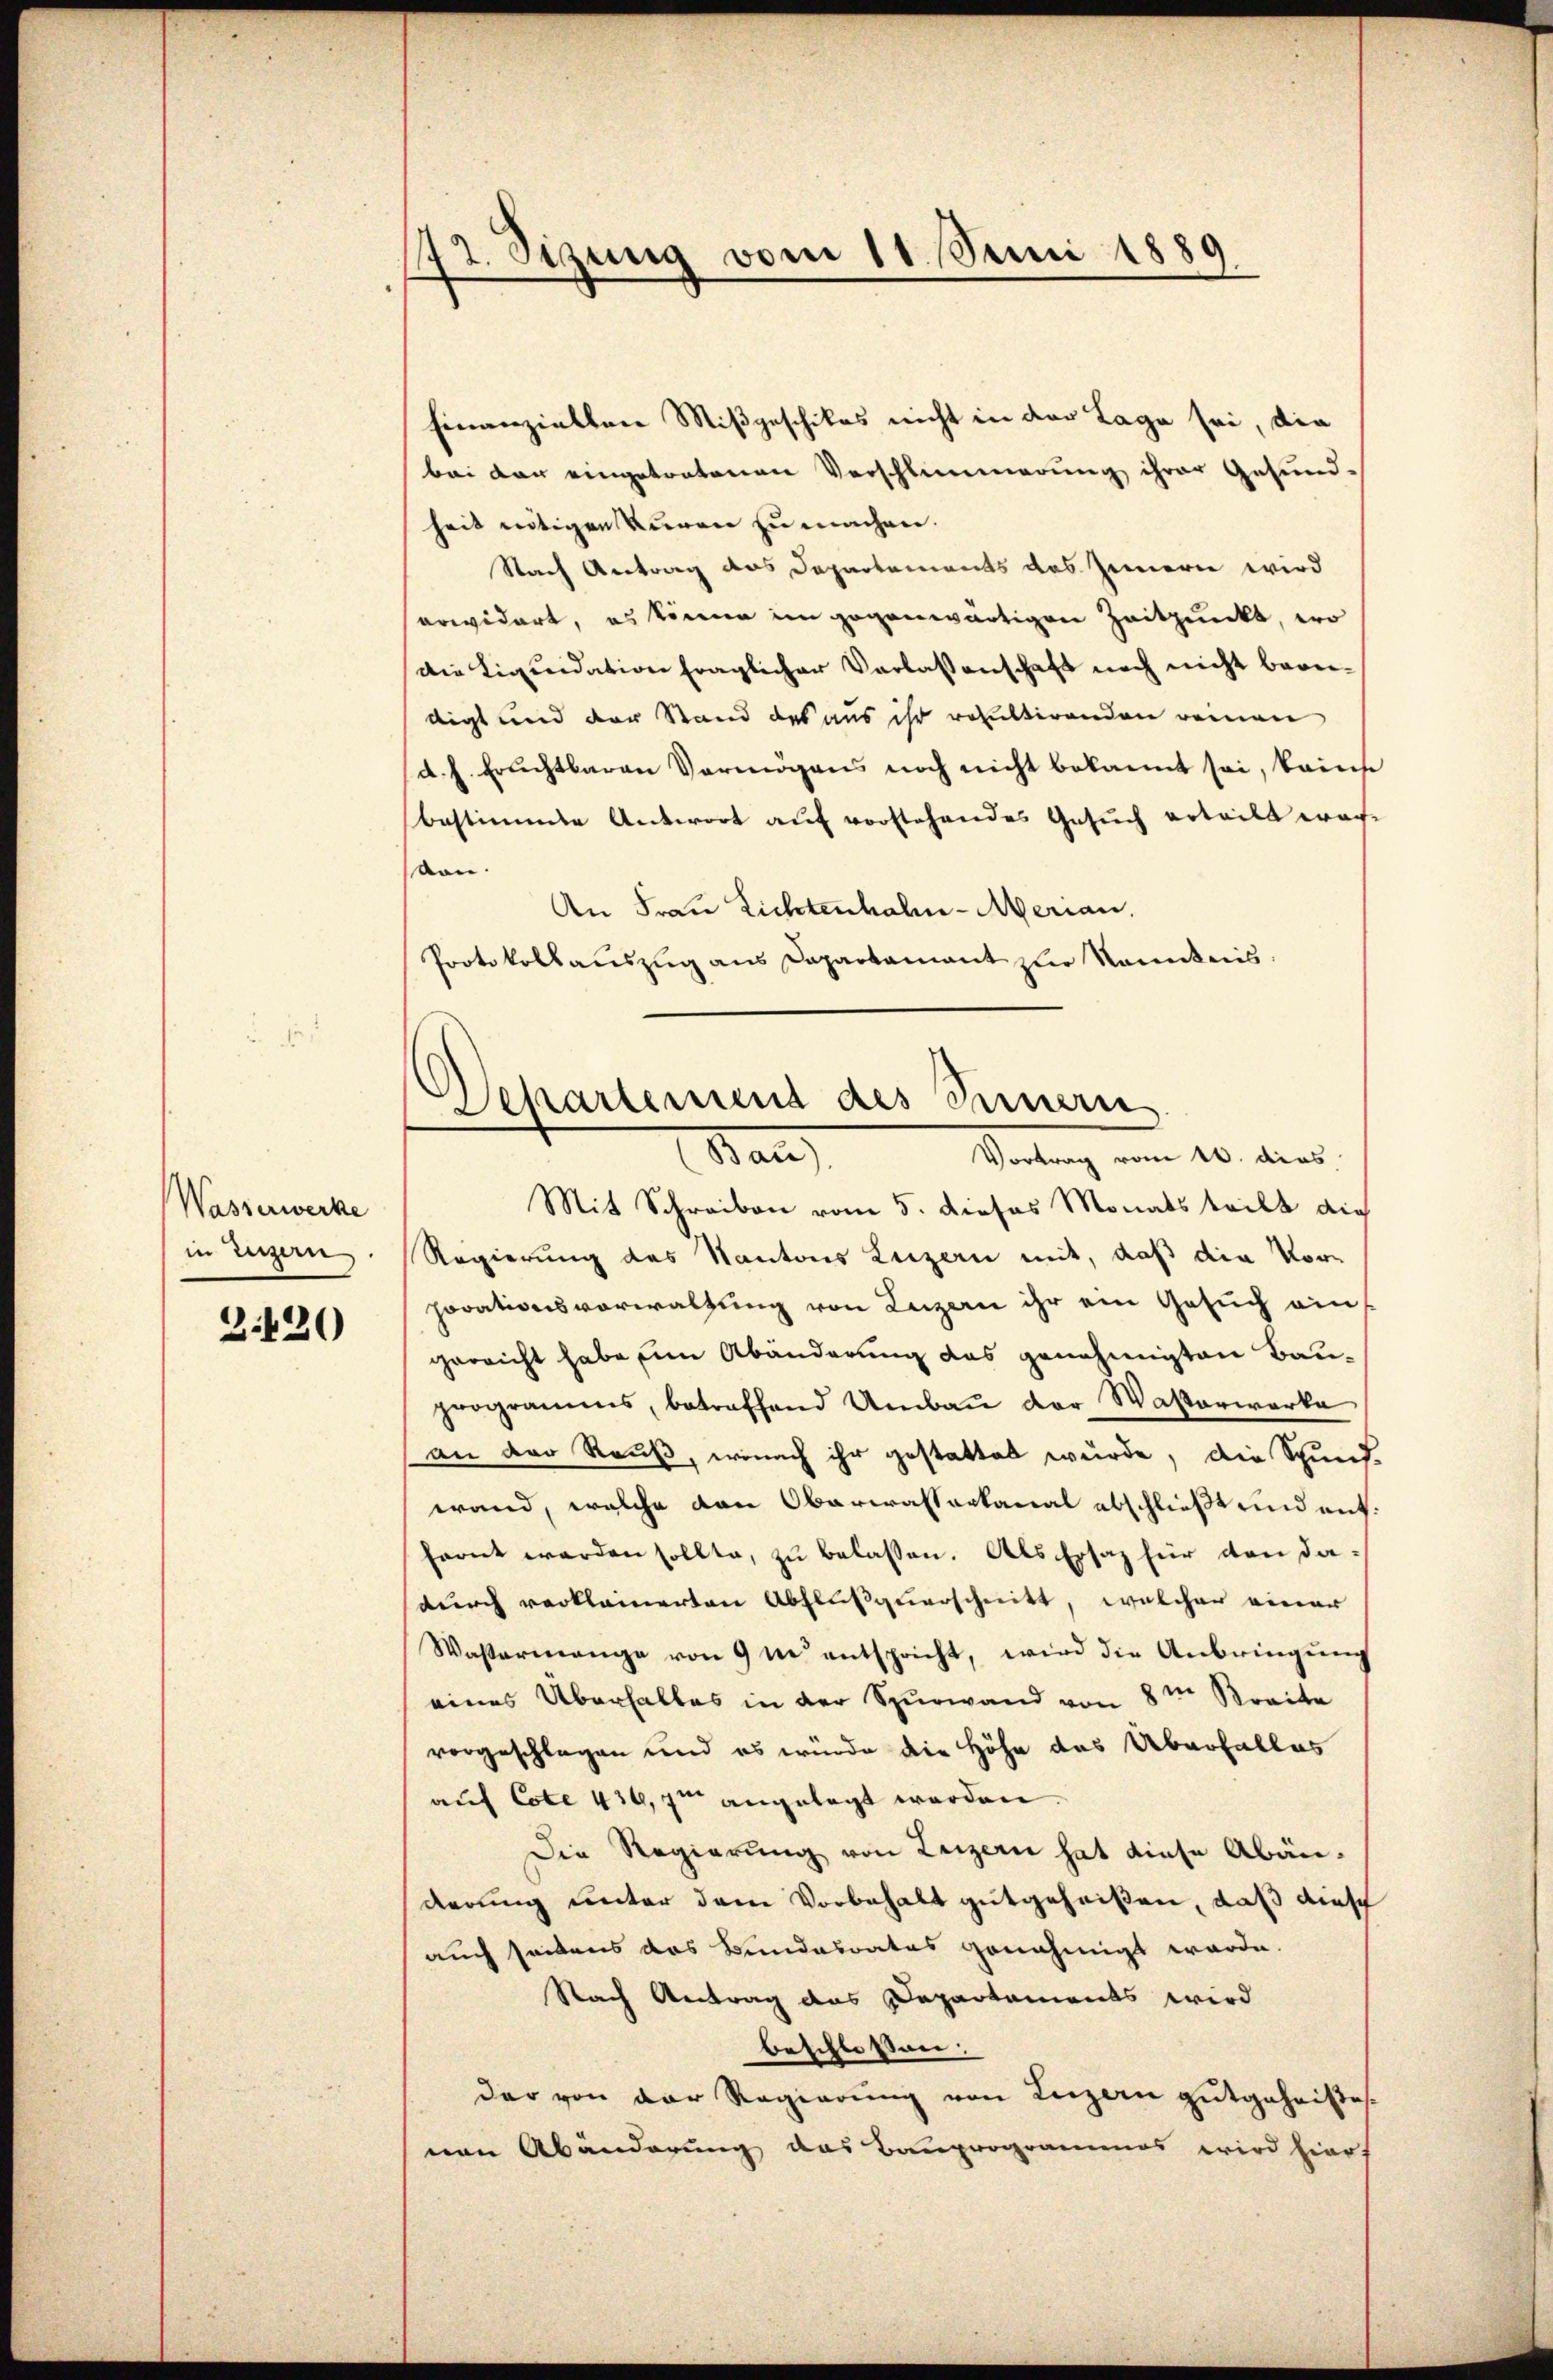
Wasserwerke
in Luzern

3.120

172. Sizung vom 11. Juni 1889
.

Finanziellen Mißgeschikes nicht in der Lage sei, die
bei der eingetratenen Verschlimmerung ihrer Gesund-
heit nötigen Kuren zu machen.
Nach Antrag das Departements das Innern wird
arwidert, es könne im gegenwärtigen Zeitpunckt, wo
die Liquidation fraglicher Verlassenschaft noch nicht bean-
digt und der Stand das aus ihr resultirenden remen
d. h. Ersuchtbaren Vermögens noch nicht bekannt sei, kains
bestimmte Antwort auf vorstehendes Gesuch erteilt war-
von.
An Frau Lichtenhalm-Merian.
Protokollauszug aus Departamant zur Kenntnis.

Separtemend des Innern
Ban
Vortrag vom 16. dies

Mit Schreiben vom 5. Dieses Monats teilt auch
Regierung des Kantons Luzern mit, daß die Vorporationsverwaltung von Luzern ihr ein Gesuch eingerricht habe um Abänderung das genehmigten Bau-
programms, betreffend Umbaŭ der Wasserwerke
an der Rauß, wonach ihr gestattet würde, die Spund-
wand, welche von Oberwasserkanal abschließt und entfarnt werden sollte, zu belassen. Als Ersaz für den dadurch verkleinerten Abflußquerschnitt, welcher einer
Wassermange von 9 nie entspricht, wird die Anbringung
eines Überhaltes in der Spurwand von 8m Breite
vorgeschlagen und es wurde die Höhe des Aberfalles
auf Cote 436,7m angelegt worden
Die Regierung von Luzern hat diese Abänderung unter dem Vorbehalt gutgeheißen, daß diesch
auch seitens das Bundesrates genehmigt werde.
Nach Antrag das Departements wird
beschlossen:
der von der Regierung von Luzern gutgeheistes
nen Abänderung das Bauprogrammes wird hierf